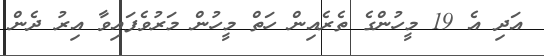
އަދި އެ 19 މީހުންގެ ތެރެއިން ހަތް މީހުން މަރުވެފައިވާ އިރު ދެން